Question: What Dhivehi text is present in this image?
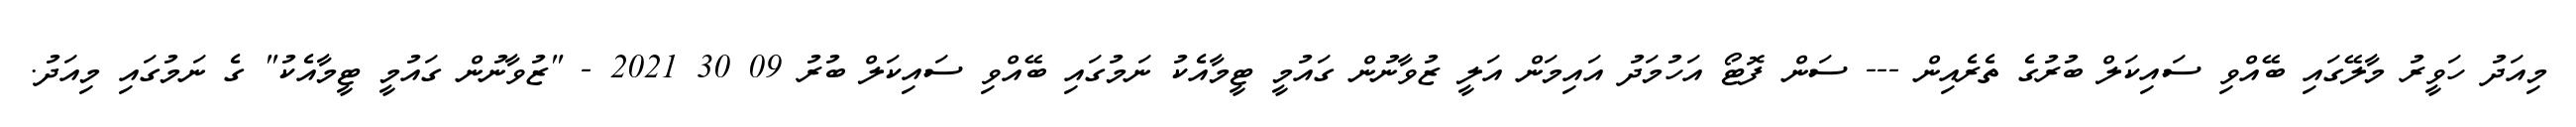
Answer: މިއަދު ހަވީރު މާލޭގައި ބޭއްވި ސައިކަލް ބުރުގެ ތެރެއިން --- ސަން ފޮޓޯ އަހުމަދު އައިމަން އަލީ ޒުވާނުން ގައުމީ ޓީމާއެކު ނަމުގައި ބޭއްވި ސައިކަލް ބުރު 09 30 2021 - "ޒުވާނުން ގައުމީ ޓީމާއެކު" ގެ ނަމުގައި މިއަދު.